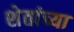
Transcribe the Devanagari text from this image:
शेतांच्या